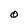
Character: O